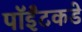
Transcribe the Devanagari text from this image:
पॉईंटकडे